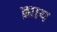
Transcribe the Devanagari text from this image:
झाय